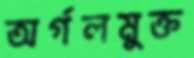
অর্গলমুক্ত